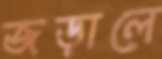
জড়ালে